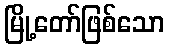
မြို့တော်ဖြစ်သော